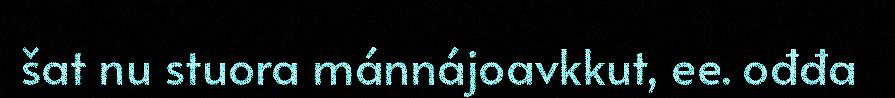
šat nu stuora mánnájoavkkut, ee. ođđa